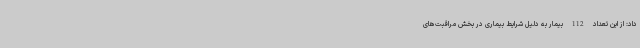
داد: از این تعداد 112 بیمار به دلیل شرایط بیماری در بخش مراقبت‌های